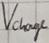
Text: Vcharge